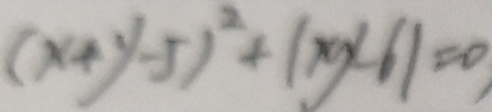
( x + y - 5 ) ^ { 2 } + \vert x y - 6 \vert = 0